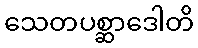
သေတပစ္ဆာဒေါတိ